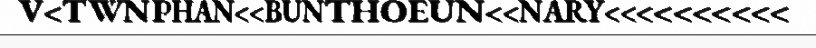
V<TWNPHAN<<BUNTHOEUN<<NARY<<<<<<<<<<